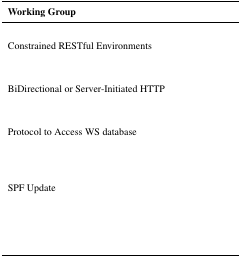
<table><thead><tr><td><b>Working Group</b></td></tr></thead><tbody><tr><td>[EMPTY_CELL]</td></tr><tr><td>Constrained RESTful Environments</td></tr><tr><td>[EMPTY_CELL]</td></tr><tr><td>[EMPTY_CELL]</td></tr><tr><td>BiDirectional or Server-Initiated HTTP</td></tr><tr><td>[EMPTY_CELL]</td></tr><tr><td>[EMPTY_CELL]</td></tr><tr><td>Protocol to Access WS database</td></tr><tr><td>[EMPTY_CELL]</td></tr><tr><td>[EMPTY_CELL]</td></tr><tr><td>[EMPTY_CELL]</td></tr><tr><td>SPF Update</td></tr><tr><td>[EMPTY_CELL]</td></tr><tr><td>[EMPTY_CELL]</td></tr><tr><td>[EMPTY_CELL]</td></tr><tr><td>[EMPTY_CELL]</td></tr></tbody></table>